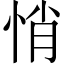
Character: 悄